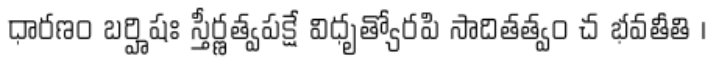
ధారణం బర్హిషః స్తీర్ణత్వపక్షే విధృత్యోరపి సాదితత్వం చ భవతీతి ।